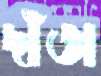
দাঁতা